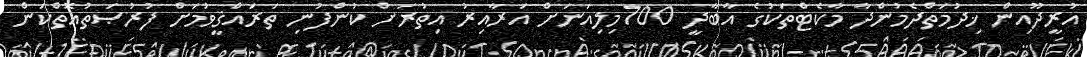
އުރީދޫއިން ޚިދުމަތްދެމުންދާ މާކެޓްތަކުގެ އާބާދީ 700މިލިއަނަށް އަރާއިރު އިތުރަށް ކުންފުނި ތަރައްޤީވުމަށް ފުރުޞަތުއޮތްކަން